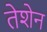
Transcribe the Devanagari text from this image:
तेशेन